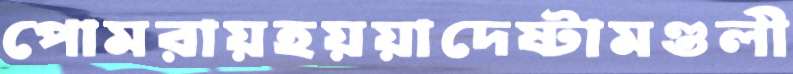
পোমরায়হয়য়াদেষ্টামণ্ডলী